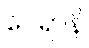
ဝေရာနိ